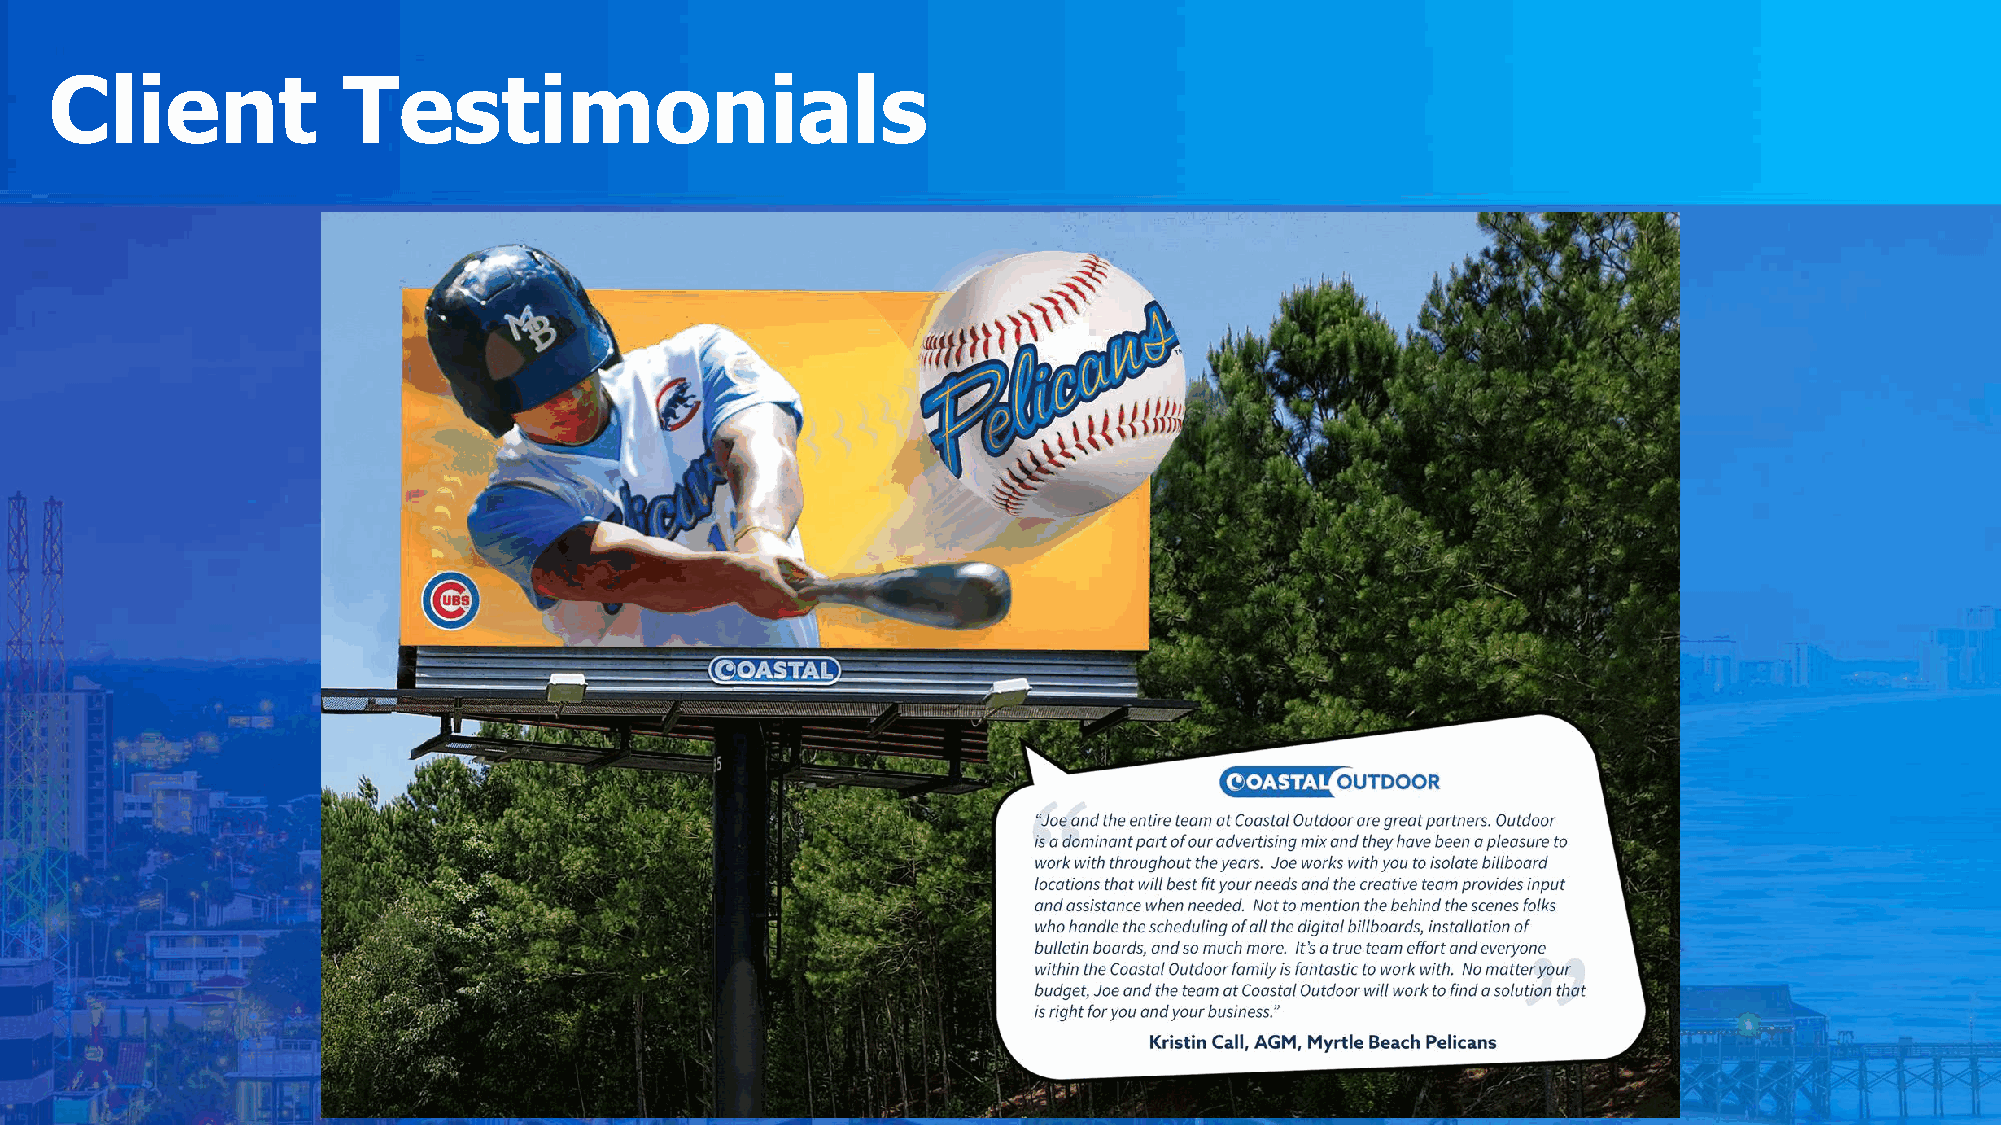
Client              Testimonials
 Randy    Dorenbos
 MD   Roofing   &  Windows